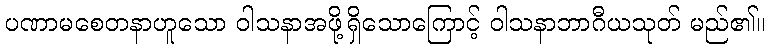
ပဏာမစေတနာဟူသော ဝါသနာအဖို့ရှိသောကြောင့် ဝါသနာဘာဂီယသုတ် မည်၏။